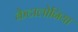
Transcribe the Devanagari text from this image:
केटालोनिया